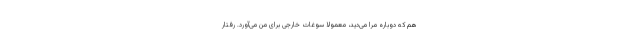
هم که دوباره مرا می‌دید، معمولاً سوغات خارجی برای من می‌آورد. رفتار